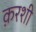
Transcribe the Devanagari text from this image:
क़रशी